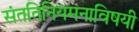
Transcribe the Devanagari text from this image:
संततिनियमनाविषयी